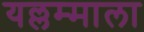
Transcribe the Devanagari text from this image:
यल्लम्माला